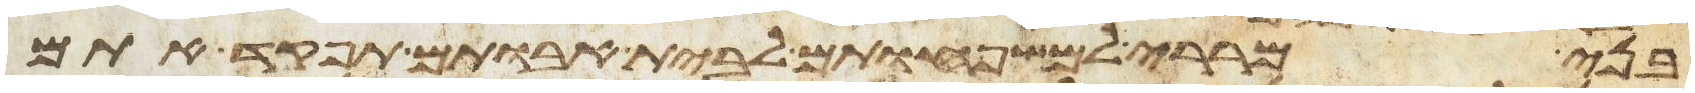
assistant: בני מררי למשפחותם לבית אבותם תפקד אתם